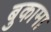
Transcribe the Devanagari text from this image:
बुकामा